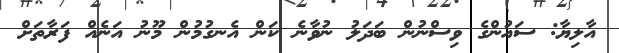
އާލިޔާ: ސައުންގެ ވިސްނުން ބަދަލު ނުވާނެ ކަން އެނގުމުން މޫނު އަނެއް ފަރާތަށް